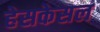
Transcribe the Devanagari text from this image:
हेसकेसल